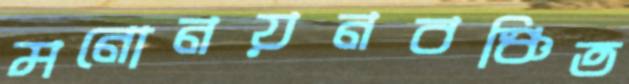
মনোনয়নবঞ্চিত